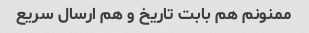
ممنونم هم بابت تاریخ و هم ارسال سریع